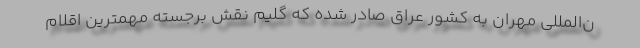
ن‌المللی مهران به کشور عراق صادر شده که گلیم نقش برجسته مهمترین اقلام